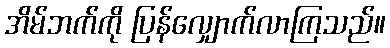
အိမ်ဘက်ကို ပြန်လျှောက်လာကြသည်။